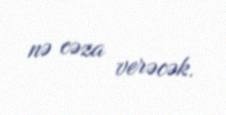
nə cəza verəcək.